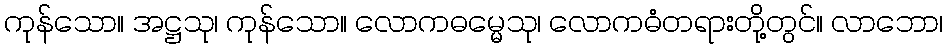
ကုန်သော။ အဋ္ဌသု၊ ကုန်သော။ လောကဓမ္မေသု၊ လောကဓံတရားတို့တွင်။ လာဘော၊